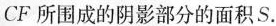
CF所围成的阴影部分的面积S.